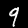
Digit: 9